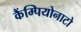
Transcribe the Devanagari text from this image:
कैंम्पियोनाटो